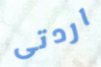
اردتى